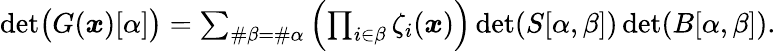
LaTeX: \begin{array}{r}{\operatorname*{det}\bigl(G(\boldsymbol{x})[\alpha]\bigr)=\sum_{\# \beta=\# \alpha}\left(\prod_{i\in\beta}\zeta_{i}(\boldsymbol{x})\right)\operatorname*{det}(S[\alpha,\beta])\operatorname*{det}(B[\alpha,\beta]).}\end{array}